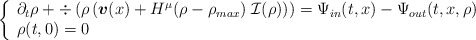
\begin{align*} \left\{ \begin{array}{l} \partial_t \rho + \div \left( \rho \left( \boldsymbol{v} (x) + H^\mu(\rho - \rho_{max}) \; \mathcal{I} (\rho) \right) \right) = \Psi_{in} (t,x) - \Psi_{out} (t,x,\rho) \\ \rho (t,0) =0 \end{array} \right.\end{align*}